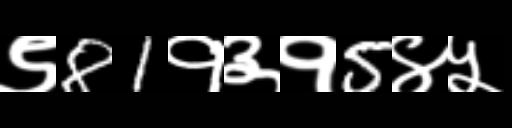
Text: ९81१३१5४५